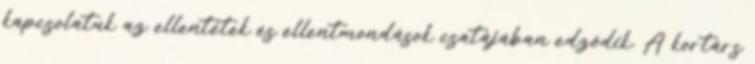
kapcsolatuk az ellentétek és ellentmondások csatájában edződik. A kortárs